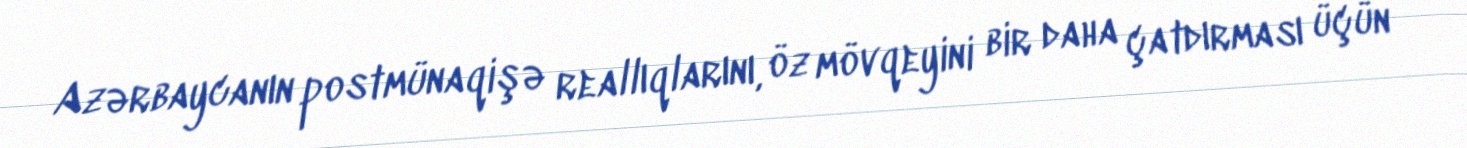
Azərbaycanın postmünaqişə reallıqlarını, öz mövqeyini bir daha çatdırması üçün